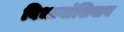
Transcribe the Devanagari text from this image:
विभागांशिवाय